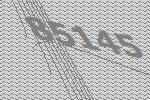
85145